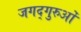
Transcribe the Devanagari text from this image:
जगद्गुरुओं